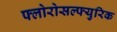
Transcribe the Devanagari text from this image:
फ्लोरोसल्फ्युरिक